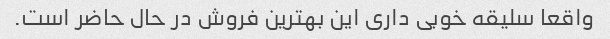
واقعا سلیقه خوبی داری این بهترین فروش در حال حاضر است.